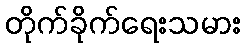
တိုက်ခိုက်ရေးသမား